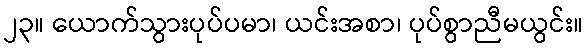
၂၃။ ယောက်သွားပုပ်ပမာ၊ ယင်းအစာ၊ ပုပ်စွာညီမယွင်း။